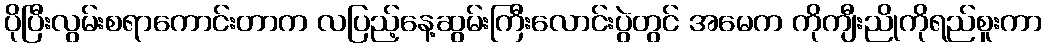
ပိုပြီးလွမ်းစရာကောင်းတာက လပြည့်နေ့ဆွမ်းကြီးလောင်းပွဲတွင် အမေက ကိုကျီးညိုကိုရည်စူးကာ